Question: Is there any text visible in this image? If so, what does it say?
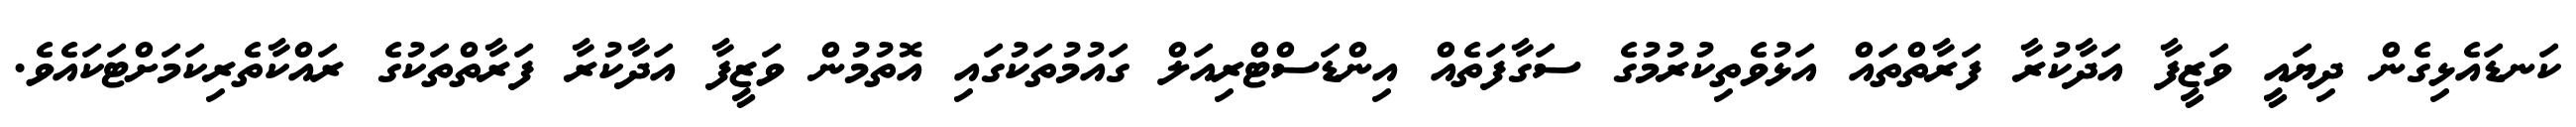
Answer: ކަނޑައެޅިގެން ދިޔައީ ވަޒީފާ އަދާކުރާ ފަރާތްތައް އަޅުވެތިކުރުމުގެ ސަގާފަތެއް އިންޑަސްޓްރިއަލް ގައުމުތަކުގައި އޮތުމުން ވަޒީފާ އަދާކުރާ ފަރާތްތަކުގެ ރައްކާތެރިކަމަށްޓަކައެވެ.